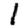
Digit: 1